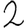
Digit: 2